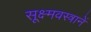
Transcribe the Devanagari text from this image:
सूक्ष्मवस्त्रानें